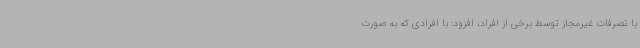
با تصرفات غیرمجاز توسط برخی از افراد، افزود: با افرادی که به صورت